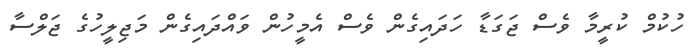
ހުކުމް ކުރީމާ ވެސް ޖަގަޑާ ހަދައިގެން ވެސް އެމީހުން ވައްދައިގެން މަޖިލީހުގެ ޖަލްސާ